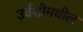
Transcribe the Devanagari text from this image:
उर्वशीमधील